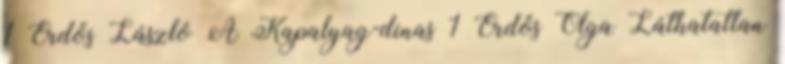
1 Erdős László A Kapalyag-dinas 1 Erdős Olga Láthatatlan